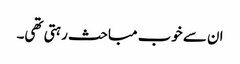
ان سے خوب مباحث رہتی تھی۔